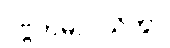
ပဗ္ဗတမာဝသိတွာ